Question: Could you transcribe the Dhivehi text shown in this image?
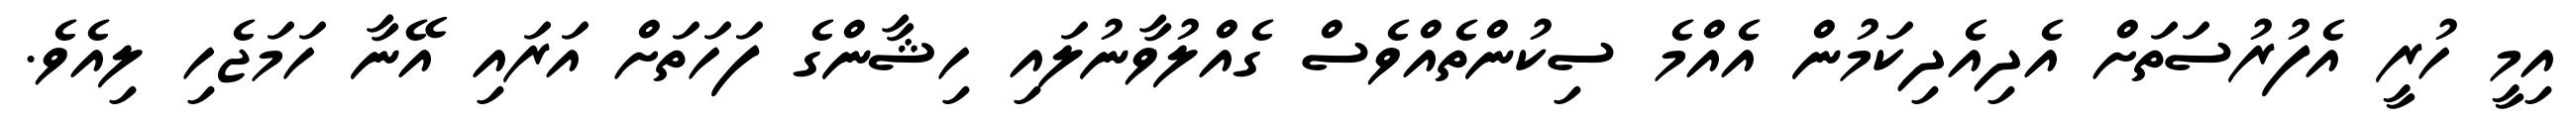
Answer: އިމީ ހުރީ އެފުރުސަތަށް އެދިއެދިކަމުން އެއްމެ ސިކުންތެއްވެސް ގެއްލުވާނުލައި ހިޝާންގެ ފަހަތަށް އަރައި އޭނާ ހަމަޖެހި ލިއެވެ.